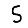
Digit: 5